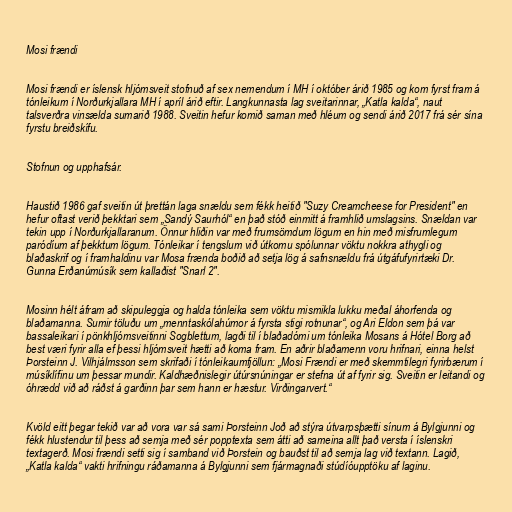
Mosi frændi

Mosi frændi er íslensk hljómsveit stofnuð af sex nemendum í MH í október árið 1985 og kom fyrst fram á
tónleikum í Norðurkjallara MH í apríl árið eftir. Langkunnasta lag sveitarinnar, „Katla kalda“, naut
talsverðra vinsælda sumarið 1988. Sveitin hefur komið saman með hléum og sendi árið 2017 frá sér sína
fyrstu breiðskífu.

Stofnun og upphafsár.

Haustið 1986 gaf sveitin út þrettán laga snældu sem fékk heitið "Suzy Creamcheese for President" en
hefur oftast verið þekktari sem „Sandý Saurhól“ en það stóð einmitt á framhlið umslagsins. Snældan var
tekin upp í Norðurkjallaranum. Önnur hliðin var með frumsömdum lögum en hin með misfrumlegum
paródíum af þekktum lögum. Tónleikar í tengslum við útkomu spólunnar vöktu nokkra athygli og
blaðaskrif og í framhaldinu var Mosa frænda boðið að setja lög á safnsnældu frá útgáfufyrirtæki Dr.
Gunna Erðanúmúsík sem kallaðist "Snarl 2".

Mosinn hélt áfram að skipuleggja og halda tónleika sem vöktu mismikla lukku meðal áhorfenda og
blaðamanna. Sumir töluðu um „menntaskólahúmor á fyrsta stigi rotnunar“, og Ari Eldon sem þá var
bassaleikari í pönkhljómsveitinni Sogblettum, lagði til í blaðadómi um tónleika Mosans á Hótel Borg að
best væri fyrir alla ef þessi hljómsveit hætti að koma fram. En aðrir blaðamenn voru hrifnari, einna helst
Þorsteinn J. Vilhjálmsson sem skrifaði í tónleikaumfjöllun: „Mosi Frændi er með skemmtilegri fyrirbærum í
músíklífinu um þessar mundir. Kaldhæðnislegir útúrsnúningar er stefna út af fyrir sig. Sveitin er leitandi og
óhrædd við að ráðst á garðinn þar sem hann er hæstur. Virðingarvert.“

Kvöld eitt þegar tekið var að vora var sá sami Þorsteinn Joð að stýra útvarpsþætti sínum á Bylgjunni og
fékk hlustendur til þess að semja með sér popptexta sem átti að sameina allt það versta í íslenskri
textagerð. Mosi frændi setti sig í samband við Þorstein og bauðst til að semja lag við textann. Lagið,
„Katla kalda“ vakti hrifningu ráðamanna á Bylgjunni sem fjármagnaði stúdíóupptöku af laginu.